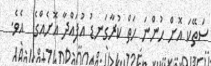
ސަތޭކަ އޮށް ހުންނަ ހަތް ކުރާގަނޑު އުފައްދާ އޮށެއްގެ  އެވެ.